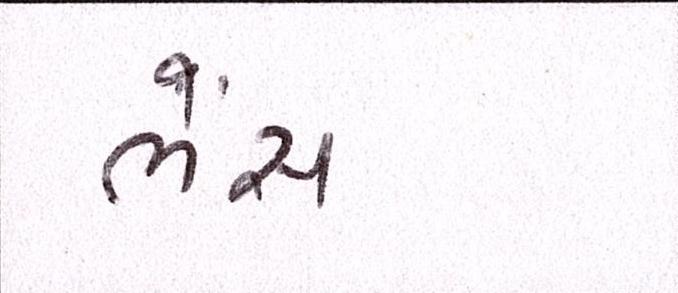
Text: ભેંસ